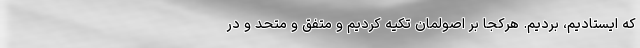
که ایستادیم، بردیم. هرکجا بر اصولمان تکیه کردیم و متفق و متحد و در